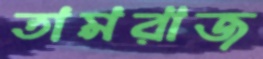
তামরাজ